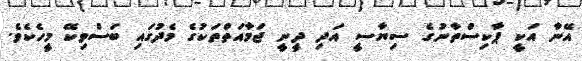
އޭނާ އަކީ ޕާކިސްތާނުގެ ސިޔާސީ އަދި ދީނީ ޖަމާއަތްތަކުގެ މެދުގައި ބަސްވިކޭ މީހެކެވެ.